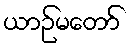
ယာဉ်မတော်